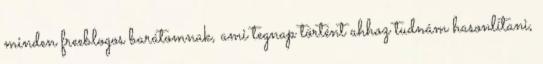
minden freeblogos barátomnak, ami tegnap történt ahhoz tudnám hasonlítani,